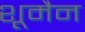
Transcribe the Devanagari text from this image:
शूमैन